Civil Veterinary Department Bihar & Orissa reports 1922-29 - 1922-1929
Year: 1922
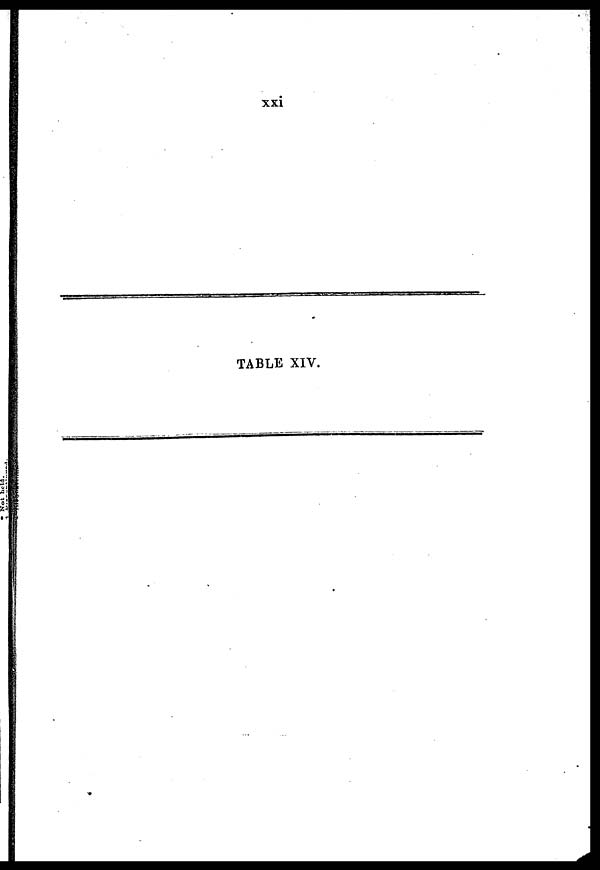
xxi
TABLE XIV.